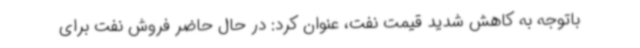
باتوجه به کاهش شدید قیمت نفت، عنوان کرد: در حال حاضر فروش نفت برای